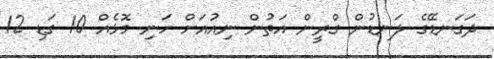
ދަގަނޑޭގެ ލަނޑުން ގްރީން އަތުން ނިއުއަށް ހަނި މޮޅެއް 10 ގަޑި 12